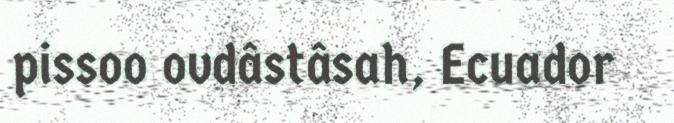
pissoo ovdâstâsah, Ecuador